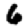
Digit: 6